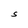
Character: S